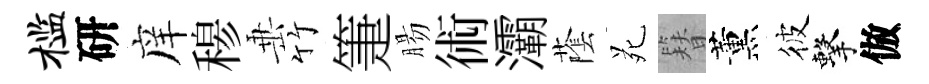
槛研庠𥠇𡸁竹箑腸術灞䕃苑簪薰彼擊倣